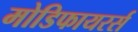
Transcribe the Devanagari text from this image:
मोडिफायरर्स